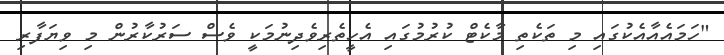
"ހަމައެއާއެކުގައި މި ތަކެތި މާކެޓް ކުރުމުގައި އެހީތެރިވެދިނުމަކީ ވެސް ސަރުކާރުން މި ވިޔަފާރި